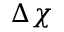
\Delta \chi